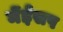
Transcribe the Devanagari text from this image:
मेंईसप